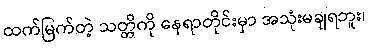
ထက်မြက်တဲ့ သတ္တိကို နေရာတိုင်းမှာ အသုံးမချရဘူး၊